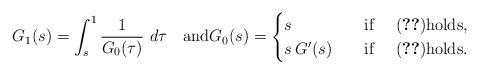
LaTeX: \begin{align*} G_{1}(s) = \int_{s}^{1}\frac{1}{G_{0}(\tau)}\ d\tau\quad\mbox{and}G_{0}(s) =\begin{cases}s & \quad\hbox{if \quad\eqref{203+}\mbox{holds}}, \\s\,G'(s) & \quad\hbox{if \quad\eqref{203}\mbox{holds}}.\end{cases}\end{align*}